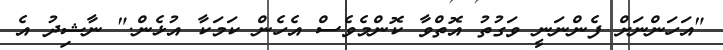
"އަހަންނަށް ފެންނަނީ ވަގުތު އޮތްވާ ކޮންމެވެސް އެހެން ކަމަކާ އުޅެން." ނާޝިދު އެ